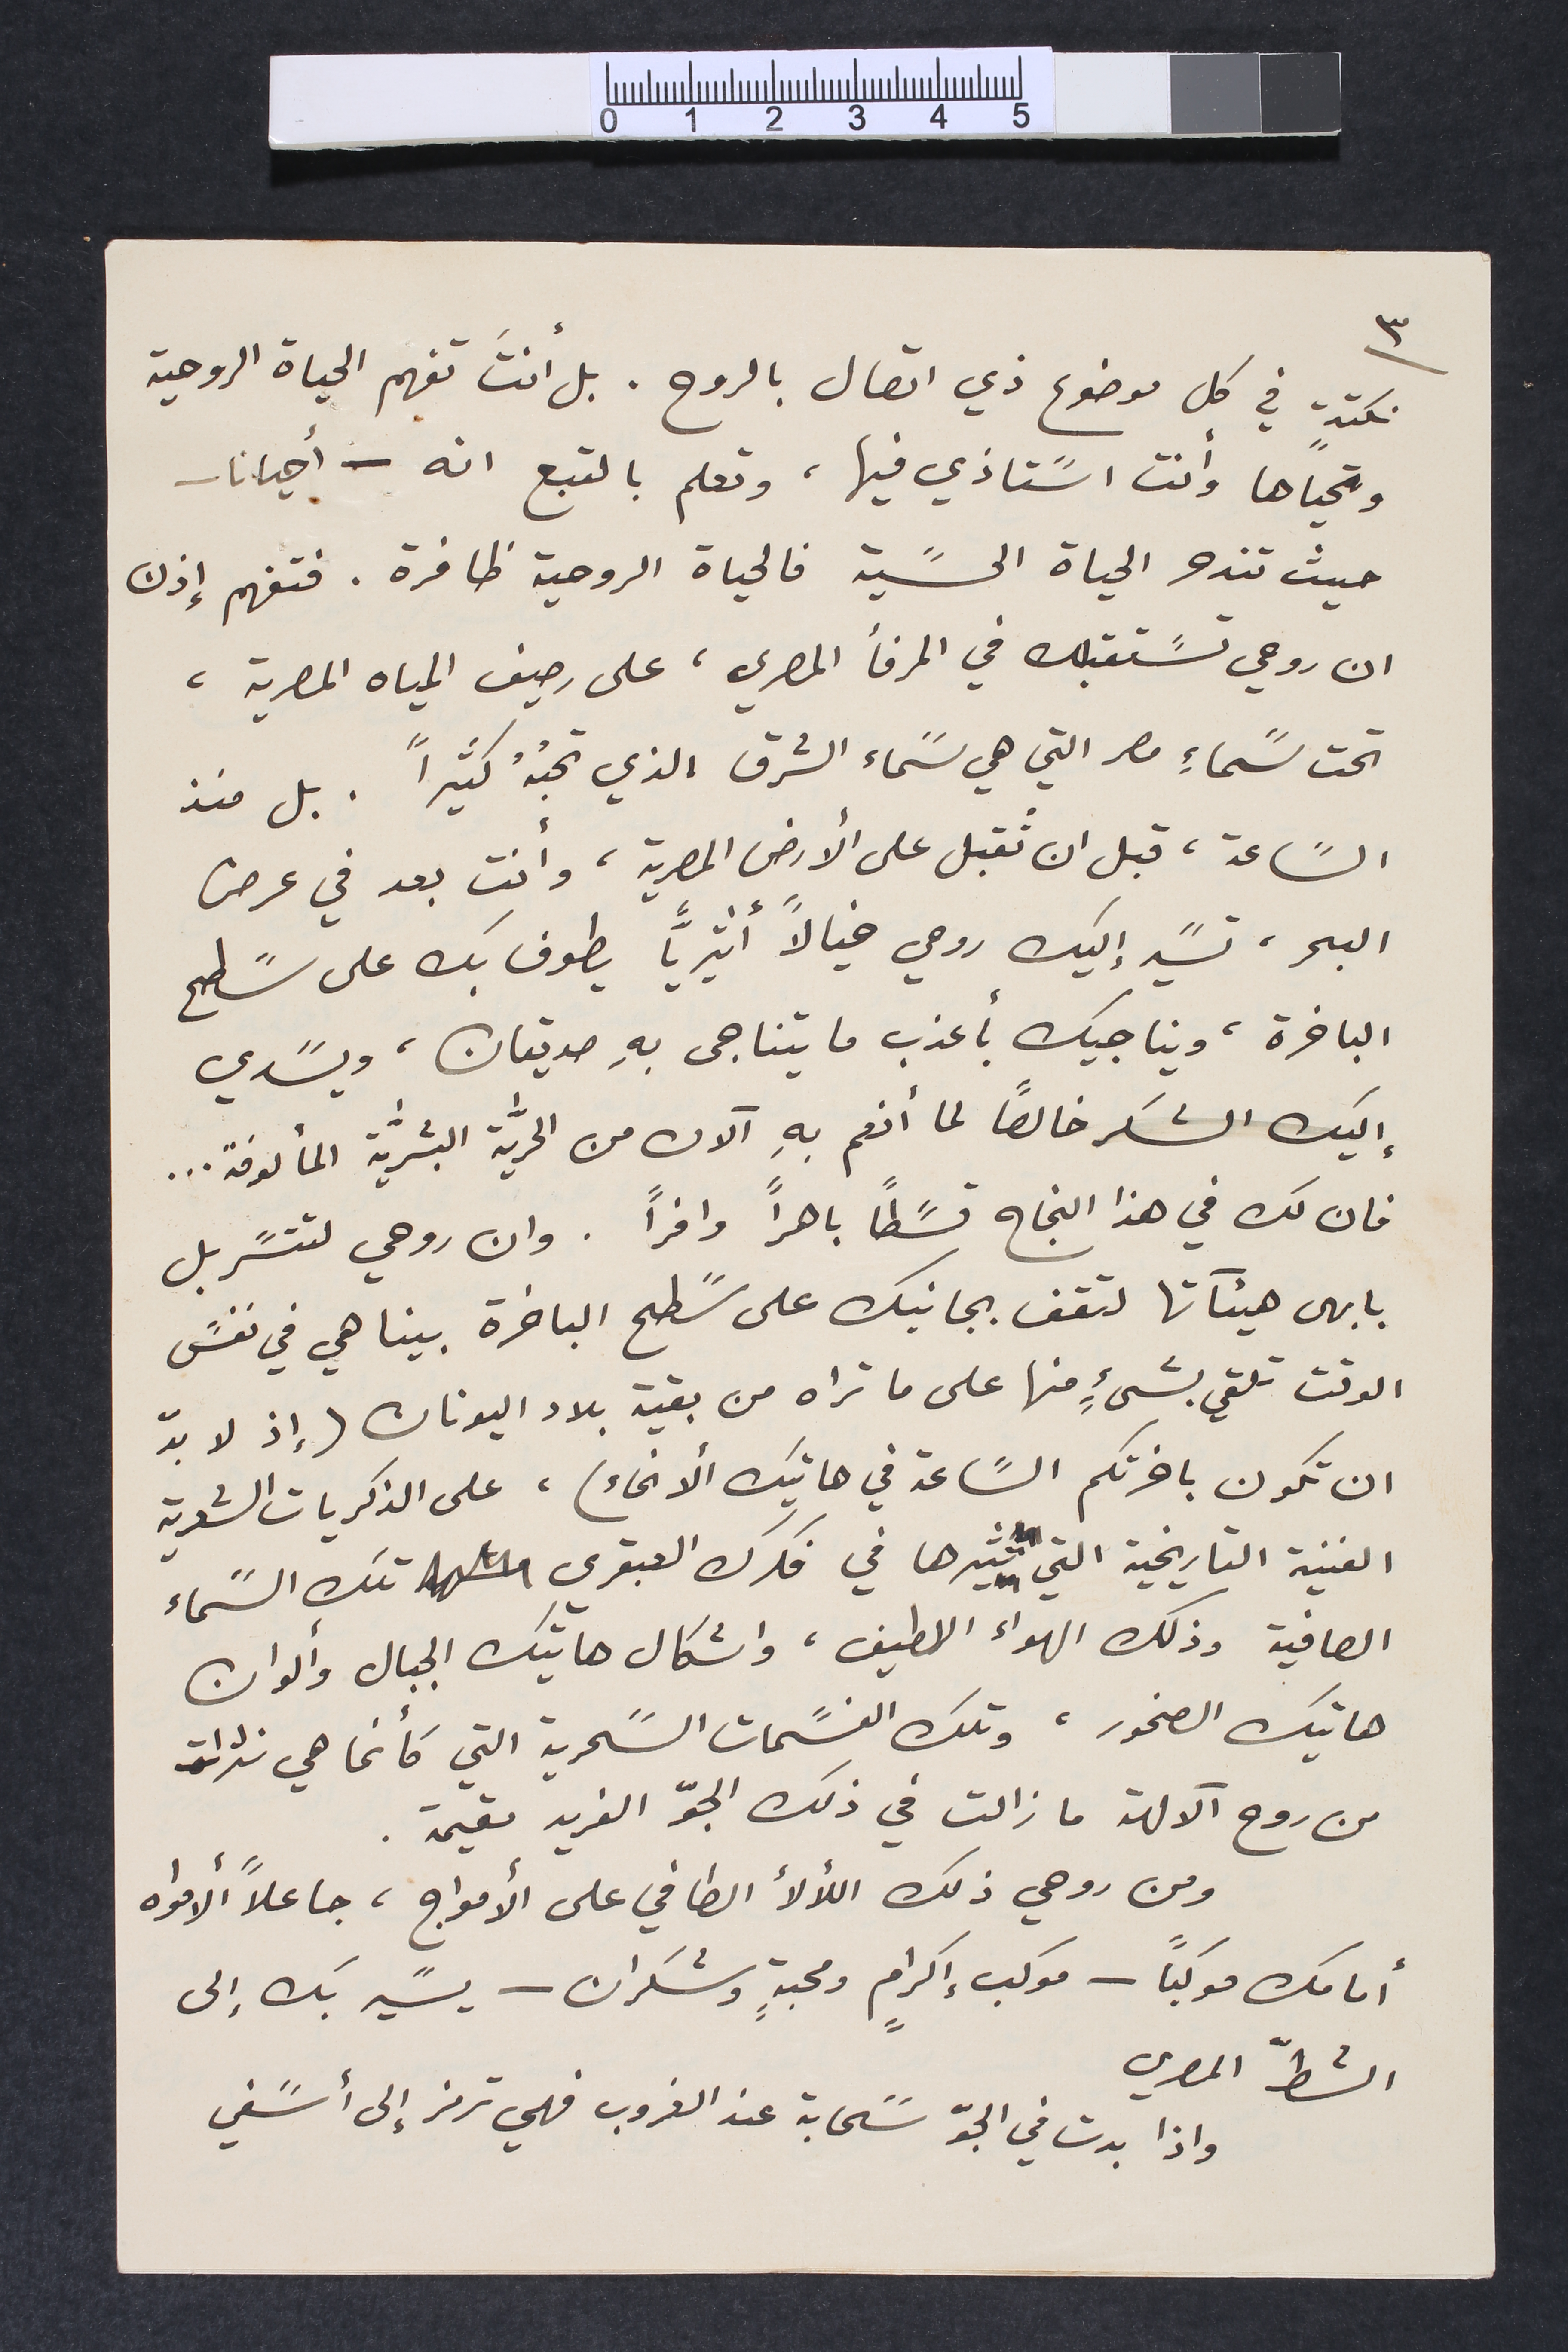
٣
نكتةٍ في كل موضوع ذي اتصال بالروح. بل أنتَ تفهم الحياة الروحية
وتحياها وأنت اسًتاذي فيها، وتعلم بالتبع انه - أحيانا -
حيث تندحر الحياة الحسًية فالحياة الروحية ظافرة. فتفهم إذن
ان روحي تسًتقبلك في المرفأ المصري، على رصيف المياه المصرية،
تحت سًماءِ مصر التي هي سًماء الشرق الذي تحبُهُ كثيراً. بل منذ
السًاعة، قبل ان تُقبل على الأرض المصرية، وأنت بعد في عرض
البحر، تسًير إليك روحي خيالاً أثيرياً يطوف بك على سًطح
الباخرة، ويناجيك بأعذب ما يتناجى بهِ صديقان، ويسًدي
إليك الشكر خالصاً لما أنعم بهِ الآن من الحريَّة البشريّة المألوفة...
فان لك في هذا النجاح قسًطاً باهراً وافراً. وان روحي لتتسًربل
بابهى هيئَاتها لتقف بجانبك على سًطح الباخرة بينا هي في نفسً
الوقت تلقي بشيءٍ منها على ما تراه من بقية بلاد اليونان ( إذ لا بدّ
ان تكون باخرتكم السًاعة في هاتيك الأنحاء)، على الذكريات الشعرية
الفنية التاريخية التي تثيرها في فكرك العبقري تلك السًماء
الصافية وذلك الهواء اللطيف، واشكال هاتيك الجبال وألوان
هاتيك الصخور، وتلك النسًمات السحرية التي كأنما هي نثرات
من روح الآلهة ما زالت في ذلك الجوّ الفريد مقيمة.
ومن روحي ذلك اللألأ الطافي على الأمواج، جاعلاً ألامواه
أمامك موكباً - موكب إكراٍم ومحبةٍ وشُكران - يسًير بك إلى
الشطّ المصري
واذا بدت في الجوّ سًحابة عند الغروب فهي ترمز إلى أسًفي